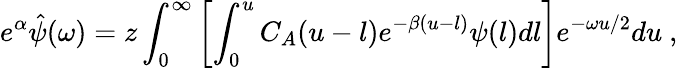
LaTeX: e^{\alpha}\hat{\psi}(\omega)=z\int_{0}^{\infty}\left[\int_{0}^{u}C_{A}(u-l)e^{-\beta(u-l)}\psi(l)dl\right]e^{-\omega u/2}du\ ,